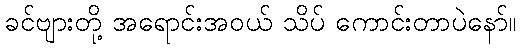
ခင်ဗျားတို့ အရောင်းအဝယ် သိပ် ကောင်းတာပဲနော်။